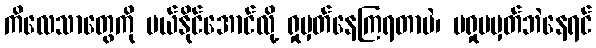
ကိလေသာတွေကို ပယ်နိုင်အောင်လို့ ရှုမှတ်နေကြရတာပဲ၊ မရှုမမှတ်ဘဲနေရင်